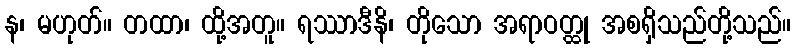
န၊ မဟုတ်။ တထာ၊ ထို့အတူ။ ရဿာဒီနိ၊ တိုသော အရာဝတ္ထု အစရှိသည်တို့သည်။